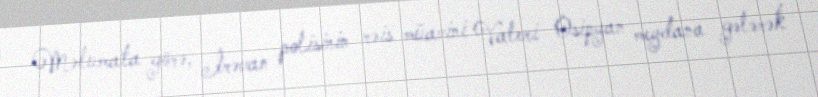
Məlumata görə, İrəvan polisinin rəis müavini Valeri Osipyan meydana gələrək